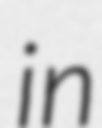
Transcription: in